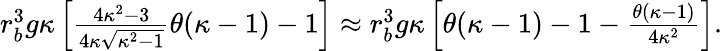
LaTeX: \begin{array}{r}{r_{b}^{3}g\kappa\left[\frac{4\kappa^{2}-3}{4\kappa\sqrt{\kappa^{2}-1}}\theta(\kappa-1)-1\right]\approx r_{b}^{3}g\kappa\left[\theta(\kappa-1)-1-\frac{\theta(\kappa-1)}{4\kappa^{2}}\right].}\end{array}